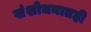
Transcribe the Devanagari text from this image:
संशोधनातही